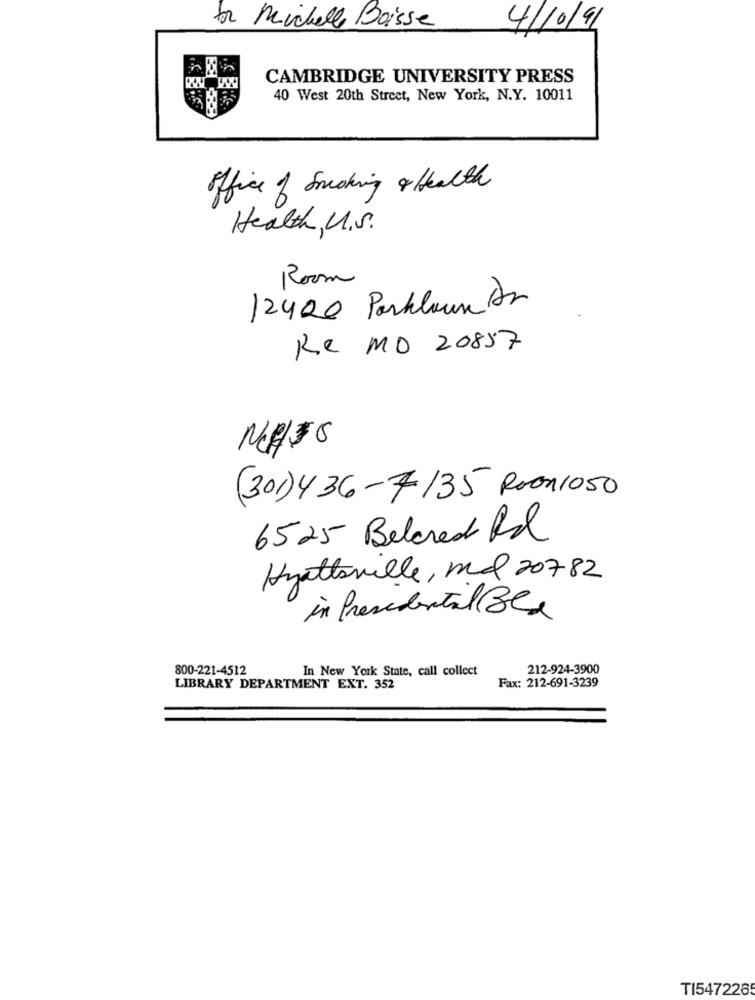
tor Michelle Boisse
4/10/91
CAMBRIDGE UNIVERSITY PRESS
40 West 20th Street, New York, N.Y. 10011
office of Smoking & Health
Health U.S.
Room
12400 Parklaun Dr
Re MO 20857
(301)436-7135 Roon1050
6525 Belcred Rd
Hyattsville, md 20782
in Presidential Bed
800-221-4512
In New York State, call collect
212-924-3900
Fax: 212-691-3239
LIBRARY DEPARTMENT EXT. 352
TI5472265